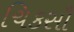
ચિકસૌ